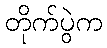
တိုက်ပွဲက